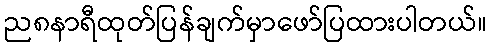
ည၈နာရီထုတ်ပြန်ချက်မှာဖော်ပြထားပါတယ်။